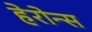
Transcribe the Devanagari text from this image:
हेरोन्स